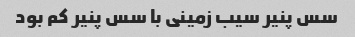
سس پنیر سیب زمینی با سس پنیر کم بود